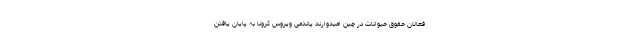
فعالان حقوق حیوانات در چین امیدوارند پاندمی ویروس کرونا به پایان یافتن